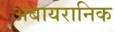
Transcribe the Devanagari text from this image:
अबायरानिक